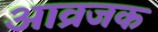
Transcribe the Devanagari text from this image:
आव्रजक